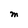
Character: M